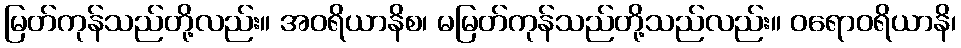
မြတ်ကုန်သည်တို့လည်း။ အဝရိယာနိစ၊ မမြတ်ကုန်သည်တို့သည်လည်း။ ဝရောဝရိယာနိ၊